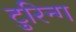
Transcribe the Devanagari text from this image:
टुरिन्ग